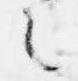
之